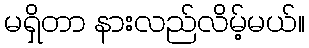
မရှိတာ နားလည်လိမ့်မယ်။